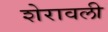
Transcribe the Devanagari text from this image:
शेरावली